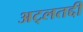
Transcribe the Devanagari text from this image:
अट्लतद्दी